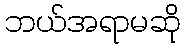
ဘယ်အရာမဆို